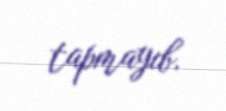
tapmayıb.